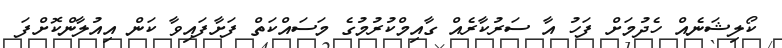
ކޯލިޝަނެއް ހެދުމަށް ފަހު އާ ސަރުކާރެއް ގާއިމްކުރުމުގެ މަސައްކަތް ފަށާފައިވާ ކަން އިއުލާންކޮށްފަ